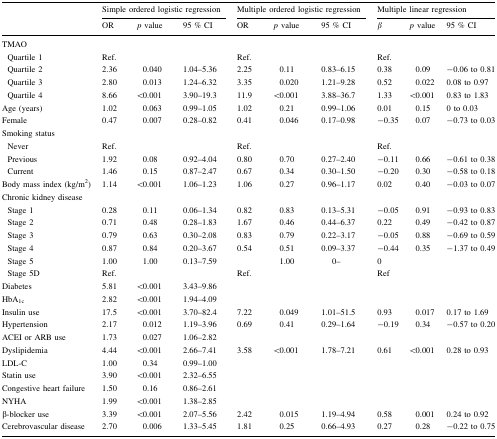
<table><thead><tr><td rowspan="2"></td><td colspan="3"><b>Simple ordered logistic regression</b></td><td colspan="3"><b>Multiple ordered logistic regression</b></td><td colspan="3"><b>Multiple linear regression</b></td></tr><tr><td><b>OR</b></td><td><b><i>p</i> value</b></td><td><b>95 % CI</b></td><td><b>OR</b></td><td><b><i>p</i> value</b></td><td><b>95 % CI</b></td><td><b><i>β</i></b></td><td><b><i>p</i> value</b></td><td><b>95 % CI</b></td></tr></thead><tbody><tr><td colspan="10">TMAO</td></tr><tr><td> Quartile 1</td><td>Ref.</td><td></td><td></td><td>Ref.</td><td></td><td></td><td>Ref.</td><td></td><td></td></tr><tr><td> Quartile 2</td><td>2.36</td><td>0.040</td><td>1.04–5.36</td><td>2.25</td><td>0.11</td><td>0.83–6.15</td><td>0.38</td><td>0.09</td><td>−0.06 to 0.81</td></tr><tr><td> Quartile 3</td><td>2.80</td><td>0.013</td><td>1.24–6.32</td><td>3.35</td><td>0.020</td><td>1.21–9.28</td><td>0.52</td><td>0.022</td><td>0.08 to 0.97</td></tr><tr><td> Quartile 4</td><td>8.66</td><td>&lt;0.001</td><td>3.90–19.3</td><td>11.9</td><td>&lt;0.001</td><td>3.88–36.7</td><td>1.33</td><td>&lt;0.001</td><td>0.83 to 1.83</td></tr><tr><td>Age (years)</td><td>1.02</td><td>0.063</td><td>0.99–1.05</td><td>1.02</td><td>0.21</td><td>0.99–1.06</td><td>0.01</td><td>0.15</td><td>0 to 0.03</td></tr><tr><td>Female</td><td>0.47</td><td>0.007</td><td>0.28–0.82</td><td>0.41</td><td>0.046</td><td>0.17–0.98</td><td>−0.35</td><td>0.07</td><td>−0.73 to 0.03</td></tr><tr><td colspan="10">Smoking status</td></tr><tr><td> Never</td><td>Ref.</td><td></td><td></td><td>Ref.</td><td></td><td></td><td>Ref.</td><td></td><td></td></tr><tr><td> Previous</td><td>1.92</td><td>0.08</td><td>0.92–4.04</td><td>0.80</td><td>0.70</td><td>0.27–2.40</td><td>−0.11</td><td>0.66</td><td>−0.61 to 0.38</td></tr><tr><td> Current</td><td>1.46</td><td>0.15</td><td>0.87–2.47</td><td>0.67</td><td>0.34</td><td>0.30–1.50</td><td>−0.20</td><td>0.30</td><td>−0.58 to 0.18</td></tr><tr><td>Body mass index (kg/m<sup>2</sup>)</td><td>1.14</td><td>&lt;0.001</td><td>1.06–1.23</td><td>1.06</td><td>0.27</td><td>0.96–1.17</td><td>0.02</td><td>0.40</td><td>−0.03 to 0.07</td></tr><tr><td colspan="10">Chronic kidney disease</td></tr><tr><td> Stage 1</td><td>0.28</td><td>0.11</td><td>0.06–1.34</td><td>0.82</td><td>0.83</td><td>0.13–5.31</td><td>−0.05</td><td>0.91</td><td>−0.93 to 0.83</td></tr><tr><td> Stage 2</td><td>0.71</td><td>0.48</td><td>0.28–1.83</td><td>1.67</td><td>0.46</td><td>0.44–6.37</td><td>0.22</td><td>0.49</td><td>−0.42 to 0.87</td></tr><tr><td> Stage 3</td><td>0.79</td><td>0.63</td><td>0.30–2.08</td><td>0.83</td><td>0.79</td><td>0.22–3.17</td><td>−0.05</td><td>0.88</td><td>−0.69 to 0.59</td></tr><tr><td> Stage 4</td><td>0.87</td><td>0.84</td><td>0.20–3.67</td><td>0.54</td><td>0.51</td><td>0.09–3.37</td><td>−0.44</td><td>0.35</td><td>−1.37 to 0.49</td></tr><tr><td> Stage 5</td><td>1.00</td><td>1.00</td><td>0.13–7.59</td><td></td><td>1.00</td><td>0–</td><td>0</td><td></td><td></td></tr><tr><td> Stage 5D</td><td>Ref.</td><td></td><td></td><td>Ref.</td><td></td><td></td><td>Ref</td><td></td><td></td></tr><tr><td>Diabetes</td><td>5.81</td><td>&lt;0.001</td><td>3.43–9.86</td><td></td><td></td><td></td><td></td><td></td><td></td></tr><tr><td>HbA<sub>1c</sub></td><td>2.82</td><td>&lt;0.001</td><td>1.94–4.09</td><td></td><td></td><td></td><td></td><td></td><td></td></tr><tr><td>Insulin use</td><td>17.5</td><td>&lt;0.001</td><td>3.70–82.4</td><td>7.22</td><td>0.049</td><td>1.01–51.5</td><td>0.93</td><td>0.017</td><td>0.17 to 1.69</td></tr><tr><td>Hypertension</td><td>2.17</td><td>0.012</td><td>1.19–3.96</td><td>0.69</td><td>0.41</td><td>0.29–1.64</td><td>−0.19</td><td>0.34</td><td>−0.57 to 0.20</td></tr><tr><td>ACEI or ARB use</td><td>1.73</td><td>0.027</td><td>1.06–2.82</td><td></td><td></td><td></td><td></td><td></td><td></td></tr><tr><td>Dyslipidemia</td><td>4.44</td><td>&lt;0.001</td><td>2.66–7.41</td><td>3.58</td><td>&lt;0.001</td><td>1.78–7.21</td><td>0.61</td><td>&lt;0.001</td><td>0.28 to 0.93</td></tr><tr><td>LDL-C</td><td>1.00</td><td>0.34</td><td>0.99–1.00</td><td></td><td></td><td></td><td></td><td></td><td></td></tr><tr><td>Statin use</td><td>3.90</td><td>&lt;0.001</td><td>2.32–6.55</td><td></td><td></td><td></td><td></td><td></td><td></td></tr><tr><td>Congestive heart failure</td><td>1.50</td><td>0.16</td><td>0.86–2.61</td><td></td><td></td><td></td><td></td><td></td><td></td></tr><tr><td>NYHA</td><td>1.99</td><td>&lt;0.001</td><td>1.38–2.85</td><td></td><td></td><td></td><td></td><td></td><td></td></tr><tr><td>β-blocker use</td><td>3.39</td><td>&lt;0.001</td><td>2.07–5.56</td><td>2.42</td><td>0.015</td><td>1.19–4.94</td><td>0.58</td><td>0.001</td><td>0.24 to 0.92</td></tr><tr><td>Cerebrovascular disease</td><td>2.70</td><td>0.006</td><td>1.33–5.45</td><td>1.81</td><td>0.25</td><td>0.66–4.93</td><td>0.27</td><td>0.28</td><td>−0.22 to 0.75</td></tr></tbody></table>